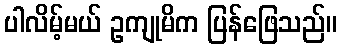
ပါလိမ့်မယ် ဥကျုမိက ပြန်ဖြေသည်။